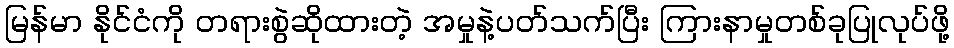
မြန်မာ နိုင်ငံကို တရားစွဲဆိုထားတဲ့ အမှုနဲ့ပတ်သက်ပြီး ကြားနာမှုတစ်ခုပြုလုပ်ဖို့